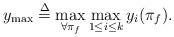
LaTeX: \begin{align*}y_{\max}\stackrel{\Delta}{=}\max_{\forall \pi_f} \max_{1\leq i\leq k} y_i(\pi_f).\end{align*}